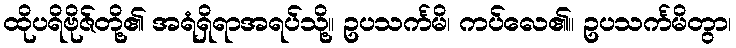
ထိုပရိဗိုဇ်တို့၏ အရံရှိရာအရပ်သို့။ ဥပသင်္ကမိ၊ ကပ်လေ၏။ ဥပသင်္ကမိတွာ၊